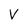
Character: V